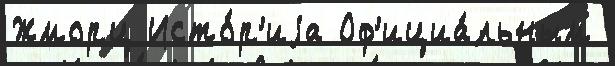
Жморц Исто́р'иjа Оф'ициа́льным